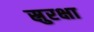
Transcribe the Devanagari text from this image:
स्रुरक्षा